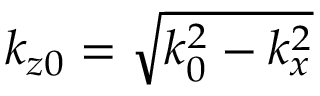
k _ { z 0 } = \sqrt { k _ { 0 } ^ { 2 } - k _ { x } ^ { 2 } }